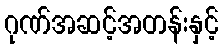
ဂုဏ်အဆင့်အတန်းနှင့်